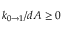
k _ { 0 \rightarrow 1 } / d A \geq 0